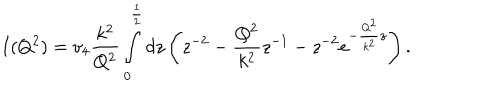
I ( Q ^ { 2 } ) = v _ { 4 } \frac { k ^ { 2 } } { Q ^ { 2 } } \int _ { 0 } ^ { \frac { 1 } { 2 } } d z \left( z ^ { - 2 } - \frac { Q ^ { 2 } } { k ^ { 2 } } z ^ { - 1 } - z ^ { - 2 } e ^ { - \frac { Q ^ { 2 } } { k ^ { 2 } } z } \right) .